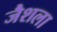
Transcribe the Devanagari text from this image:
जैशला